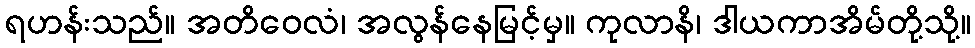
ရဟန်းသည်။ အတိဝေလံ၊ အလွန်နေမြင့်မှ။ ကုလာနိ၊ ဒါယကာအိမ်တို့သို့။